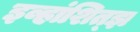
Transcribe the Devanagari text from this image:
इव्हांशित्झ